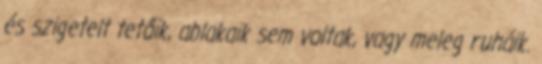
és szigetelt tetőik, ablakaik sem voltak, vagy meleg ruháik.